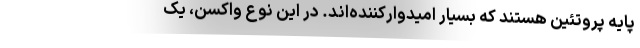
پایه پروتئین هستند که بسیار امیدوارکننده‌اند. در این نوع واکسن، یک